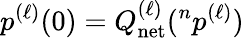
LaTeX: p^{(\ell)}(0)=Q_{\mathrm{net}}^{(\ell)}({}^{n}p^{(\ell)})